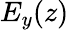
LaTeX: E_{y}(z)